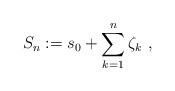
LaTeX: \begin{align*}S_n := s_0 + \sum_{k=1}^n \zeta_k \ , \ \ \end{align*}